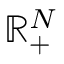
\mathbb { R } _ { + } ^ { N }